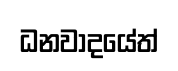
ධනවාදයේත්